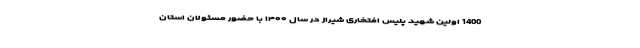
1400 اولین شهید پلیس افتخاری شیراز در سال ۱۴۰۰ با حضور مسئولان استان